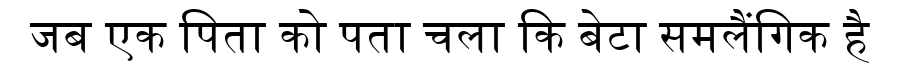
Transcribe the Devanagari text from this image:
जब एक पिता को पता चला कि बेटा समलैंगिक है